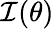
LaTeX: {\mathcal{I}}(\theta)